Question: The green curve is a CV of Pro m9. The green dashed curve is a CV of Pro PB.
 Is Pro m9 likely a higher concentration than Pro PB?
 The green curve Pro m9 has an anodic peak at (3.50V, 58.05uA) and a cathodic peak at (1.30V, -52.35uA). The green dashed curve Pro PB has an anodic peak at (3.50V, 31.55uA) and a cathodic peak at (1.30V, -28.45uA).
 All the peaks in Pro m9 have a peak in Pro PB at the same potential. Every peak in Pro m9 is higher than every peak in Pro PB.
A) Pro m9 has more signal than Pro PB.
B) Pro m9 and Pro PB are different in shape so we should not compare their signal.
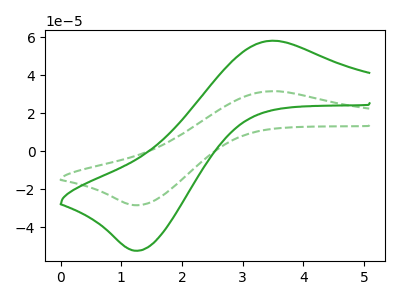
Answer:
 <answer>A) "Pro m9" has more signal than "Pro PB".</answer>
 <eval>A</eval>